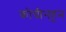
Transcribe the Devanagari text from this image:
कोचीनहून